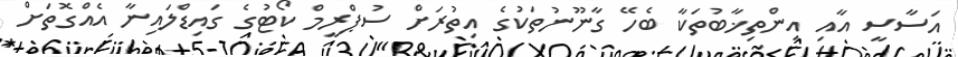
އަސާސީ އާއި އިންތިޚާބުތަކާ ބެހޭ ގާނޫނުތަކުގެ އިތުރަށް ސުޕްރީމް ކޯޓުގެ ގައިޑްލައިނާ އެއްގޮތަށް